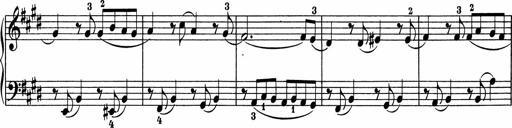
Title: 5 Sonatinen fÃ¼r die Jugend
Composer: Carl Reinecke